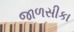
જાળસીકા